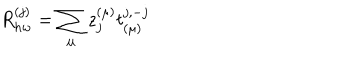
R _ { h w } ^ { ( j ) } = \sum _ { \mu } z _ { j } ^ { ( \mu ) } t _ { ( \mu ) } ^ { j , - j }